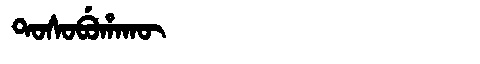
Manchu: ᡨᠣᠰᠣᠪᡠᡥᠠᡴᡡ
Romanization: TOSOBUHAKŪ